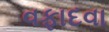
વફાદવા